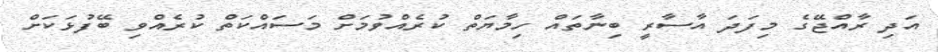
އަދި ރާއްޖޭގެ މިފަދަ އާސާރީ ބިނާތައް ހިމާޔަތް ކުރެއްވުމަށް މަސައްކަތް ކުރެއްވި ބޭފުޅަކަށް